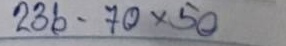
236 - 70 x 50